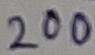
Text: 200